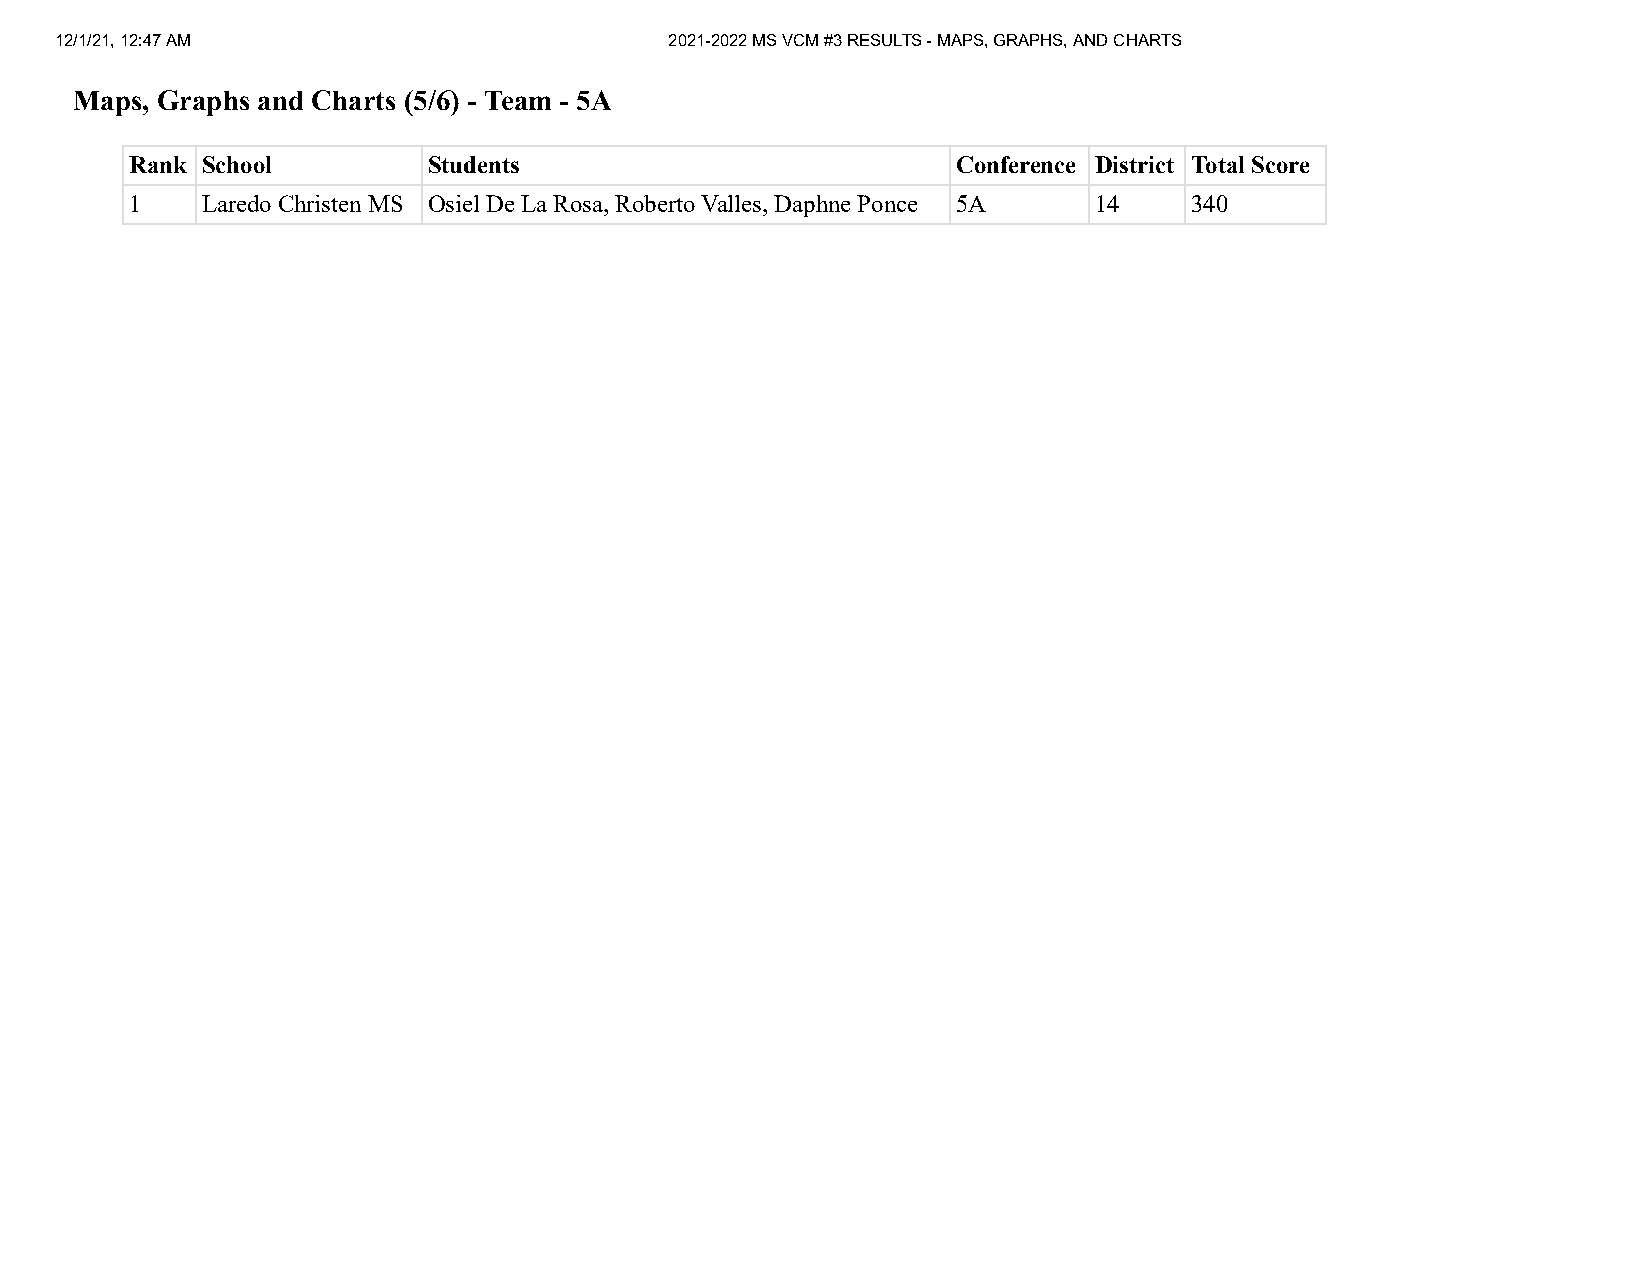
12/1/21, 12:47 AM                       2021-2022 MS VCM #3 RESULTS - MAPS, GRAPHS, AND CHARTS
 Maps, Graphs and Charts (5/6) - Team - 5A
 Rank School        Students                           Conference District Total Score
 1   Laredo Christen MS Osiel De La Rosa, Roberto Valles, Daphne Ponce 5A 14 340